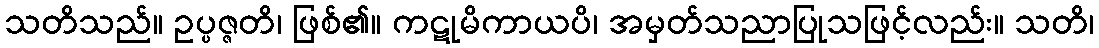
သတိသည်။ ဥပ္ပဇ္ဇတိ၊ ဖြစ်၏။ ကဋုမိကာယပိ၊ အမှတ်သညာပြုသဖြင့်လည်း။ သတိ၊